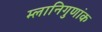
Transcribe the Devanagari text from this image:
म्लानिगुणांक